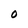
Character: O